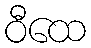
ဝီထေ